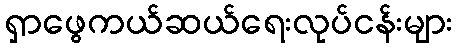
ရှာဖွေကယ်ဆယ်ရေးလုပ်ငန်းများ